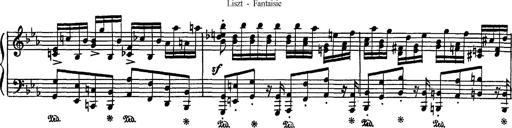
Title: Fantaisie sur des motifs favoris de l'opÃ©ra 'La sonnambula'
Composer: Franz Liszt